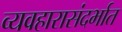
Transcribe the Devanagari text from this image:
व्यवहारासंदर्भात